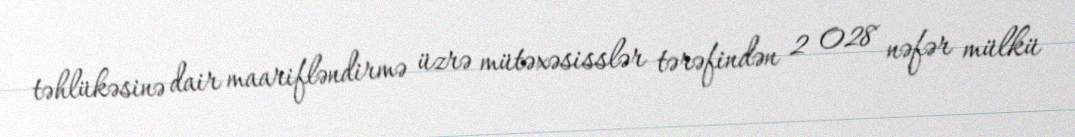
təhlükəsinə dair maarifləndirmə üzrə mütəxəsisslər tərəfindən 2 028 nəfər mülkü